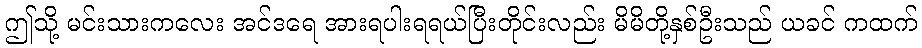
ဤသို့ မင်းသားကလေး အင်ဒရေ အားရပါးရရယ်ပြီးတိုင်းလည်း မိမိတို့နှစ်ဦးသည် ယခင် ကထက်